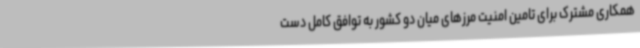
همکاری مشترک برای تامین امنیت مرزهای میان دو کشور به توافق کامل دست